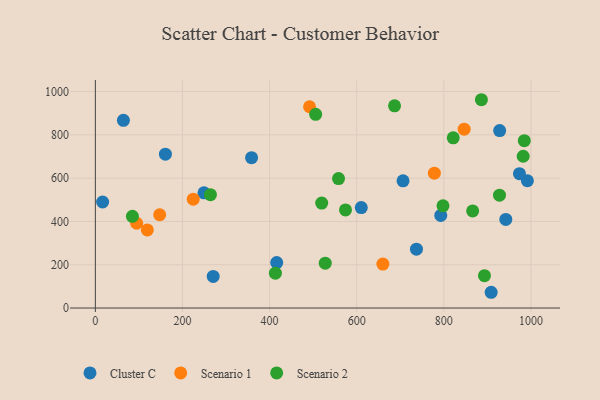
{"axis": {"x": "Ad Spend", "y": "Sales"}, "legend": ["Cluster C", "Scenario 1", "Scenario 2"], "data": [{"x": "737.1", "y": 271.8, "type": "Cluster C"}, {"x": "16.7", "y": 489.8, "type": "Cluster C"}, {"x": "160.8", "y": 710.7, "type": "Cluster C"}, {"x": "706.3", "y": 587.5, "type": "Cluster C"}, {"x": "610.4", "y": 463.9, "type": "Cluster C"}, {"x": "64.4", "y": 867.0, "type": "Cluster C"}, {"x": "928.1", "y": 819.7, "type": "Cluster C"}, {"x": "270.5", "y": 146.2, "type": "Cluster C"}, {"x": "416.3", "y": 209.9, "type": "Cluster C"}, {"x": "991.7", "y": 588.1, "type": "Cluster C"}, {"x": "942.2", "y": 409.3, "type": "Cluster C"}, {"x": "908.6", "y": 72.8, "type": "Cluster C"}, {"x": "973.5", "y": 620.9, "type": "Cluster C"}, {"x": "249.3", "y": 532.2, "type": "Cluster C"}, {"x": "358.6", "y": 694.8, "type": "Cluster C"}, {"x": "792.9", "y": 428.0, "type": "Cluster C"}, {"x": "660.0", "y": 203.1, "type": "Scenario 1"}, {"x": "846.6", "y": 826.1, "type": "Scenario 1"}, {"x": "224.7", "y": 502.9, "type": "Scenario 1"}, {"x": "94.9", "y": 391.7, "type": "Scenario 1"}, {"x": "778.2", "y": 622.9, "type": "Scenario 1"}, {"x": "491.7", "y": 929.9, "type": "Scenario 1"}, {"x": "147.7", "y": 430.9, "type": "Scenario 1"}, {"x": "119.3", "y": 360.8, "type": "Scenario 1"}, {"x": "85.1", "y": 423.6, "type": "Scenario 2"}, {"x": "927.7", "y": 521.4, "type": "Scenario 2"}, {"x": "893.2", "y": 149.4, "type": "Scenario 2"}, {"x": "519.6", "y": 484.7, "type": "Scenario 2"}, {"x": "527.7", "y": 207.3, "type": "Scenario 2"}, {"x": "686.8", "y": 934.3, "type": "Scenario 2"}, {"x": "413.3", "y": 160.9, "type": "Scenario 2"}, {"x": "984.6", "y": 773.2, "type": "Scenario 2"}, {"x": "886.2", "y": 962.3, "type": "Scenario 2"}, {"x": "821.5", "y": 786.5, "type": "Scenario 2"}, {"x": "982.1", "y": 701.2, "type": "Scenario 2"}, {"x": "505.7", "y": 894.8, "type": "Scenario 2"}, {"x": "866.1", "y": 448.4, "type": "Scenario 2"}, {"x": "558.2", "y": 598.0, "type": "Scenario 2"}, {"x": "574.2", "y": 453.0, "type": "Scenario 2"}, {"x": "264.2", "y": 523.8, "type": "Scenario 2"}, {"x": "798.0", "y": 472.3, "type": "Scenario 2"}]}